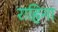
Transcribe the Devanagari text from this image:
राहिना